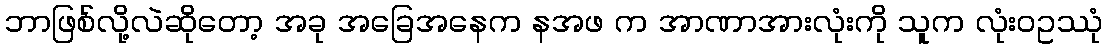
ဘာဖြစ်လို့လဲဆိုတော့ အခု အခြေအနေက နအဖ က အာဏာအားလုံးကို သူက လုံးဝဥဿုံ